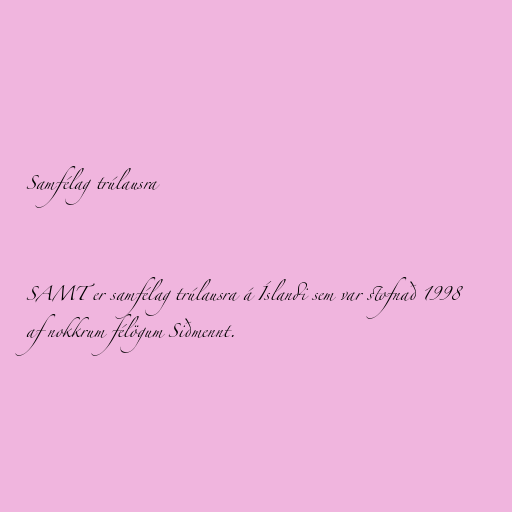
Samfélag trúlausra

SAMT er samfélag trúlausra á Íslandi sem var stofnað 1998
af nokkrum félögum Siðmennt.